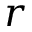
r